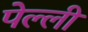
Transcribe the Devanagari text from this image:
पेल्ली